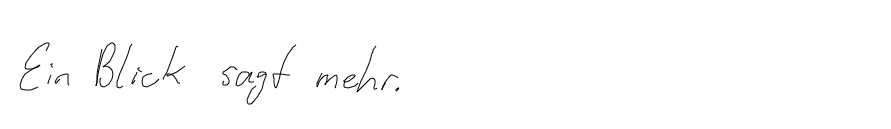
Ein Blick sagt mehr.